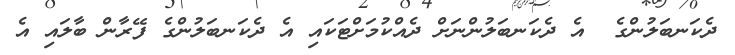
ދެކަނބަލުންގެ  އެ ދެކަނބަލުންނަށް ދެއްކުމަށްޓަކައި އެ ދެކަނބަލުންގެ ފޭރާން ބާލައި އެ